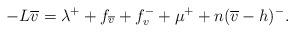
LaTeX: \begin{align*}-L\overline{v}=\lambda^++f_{\overline{v}}+f^{-}_{v}+\mu^{+}+n(\overline{v}-h)^{-}.\end{align*}